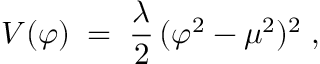
V ( \varphi ) \; = \; \frac { \lambda } { 2 } \, ( \varphi ^ { 2 } - \mu ^ { 2 } ) ^ { 2 } \; ,